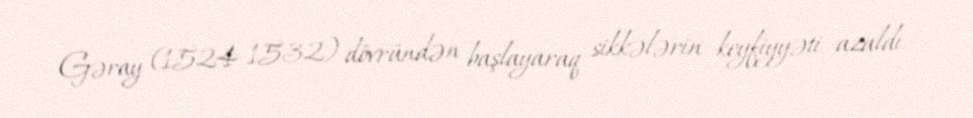
Gəray (1524-1532) dövründən başlayaraq sikkələrin keyfiyyəti azaldı.